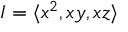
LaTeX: I = \langle x ^ { 2 } , x y , x z \rangle